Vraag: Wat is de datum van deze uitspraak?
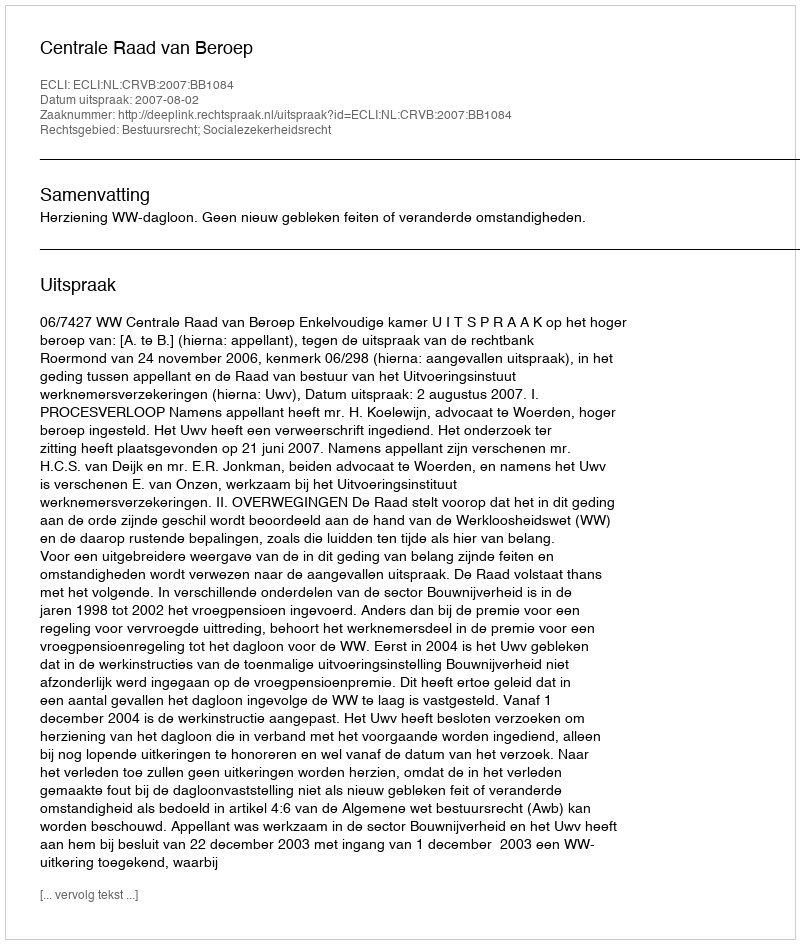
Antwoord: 2007-08-02